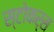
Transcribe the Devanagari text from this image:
स्टोकर्स